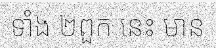
ទាំង ២ពួក នេះ មាន